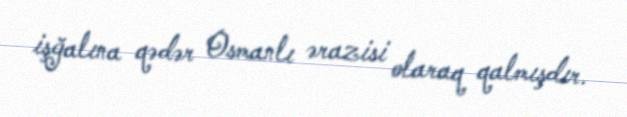
işğalına qədər Osmanlı ərazisi olaraq qalmışdır.